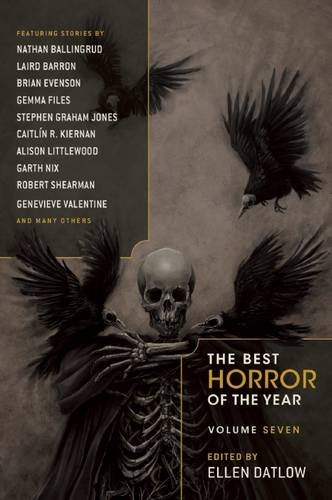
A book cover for The Best Horror of the Year Volume Seven; Science Fiction & Fantasy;